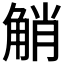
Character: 𧣪